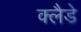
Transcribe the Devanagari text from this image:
क्लैडे